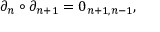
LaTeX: \partial _ { n } \circ \partial _ { n + 1 } = 0 _ { n + 1 , n - 1 } ,